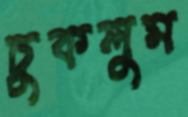
চুকলুম